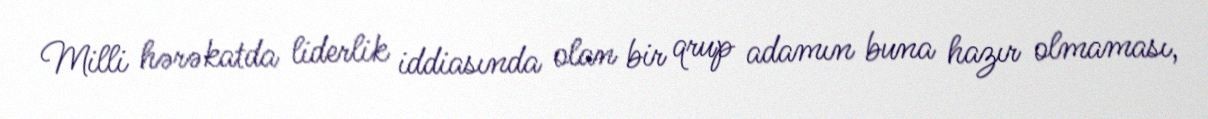
Milli hərəkatda liderlik iddiasında olan bir qrup adamın buna hazır olmaması,